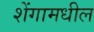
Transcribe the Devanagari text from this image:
शेंगामधील